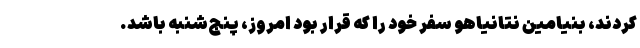
کردند، بنیامین نتانیاهو سفر خود را که قرار بود امروز، پنج‌شنبه باشد.